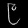
Digit: ၉